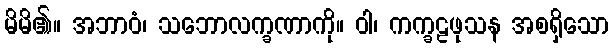
မိမိ၏။ အဘာဝံ၊ သဘောလက္ခဏာကို။ ဝါ၊ ကက္ခဠဖုသန အစရှိသော